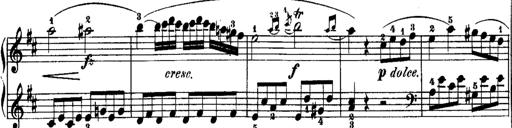
Title: Rondos and Sonatinas for Pianoforte
Composer: Daniel Steibelt